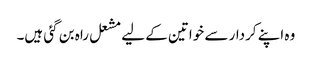
وہ اپنے کردار سے خواتین کے لیے مشعل راہ بن گئی ہیں۔